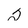
Character: 2